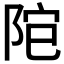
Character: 𨹕